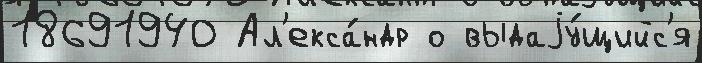
18691940 Ал'екса́ндр о выдаjу́щийс'я